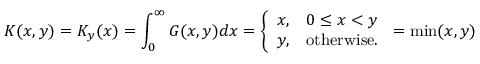
K ( x , y ) = K _ { y } ( x ) = \int _ { 0 } ^ { \infty } G ( x , y ) d x = { \left\{ \begin{array} { l l } { x , } & { 0 \leq x < y } \\ { y , } & { { \mathrm { o t h e r w i s e } } . } \end{array} \right. } = \operatorname* { m i n } ( x , y )